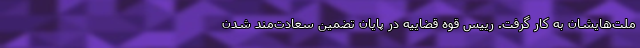
ملت‌هایشان به کار گرفت. رییس قوه قضاییه در پایان تضمین سعادت‌مند شدن